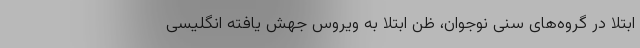
ابتلا در گروه‌های سنی نوجوان، ظن ابتلا به ویروس جهش یافته انگلیسی